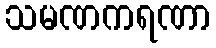
သမဏကရဏာ